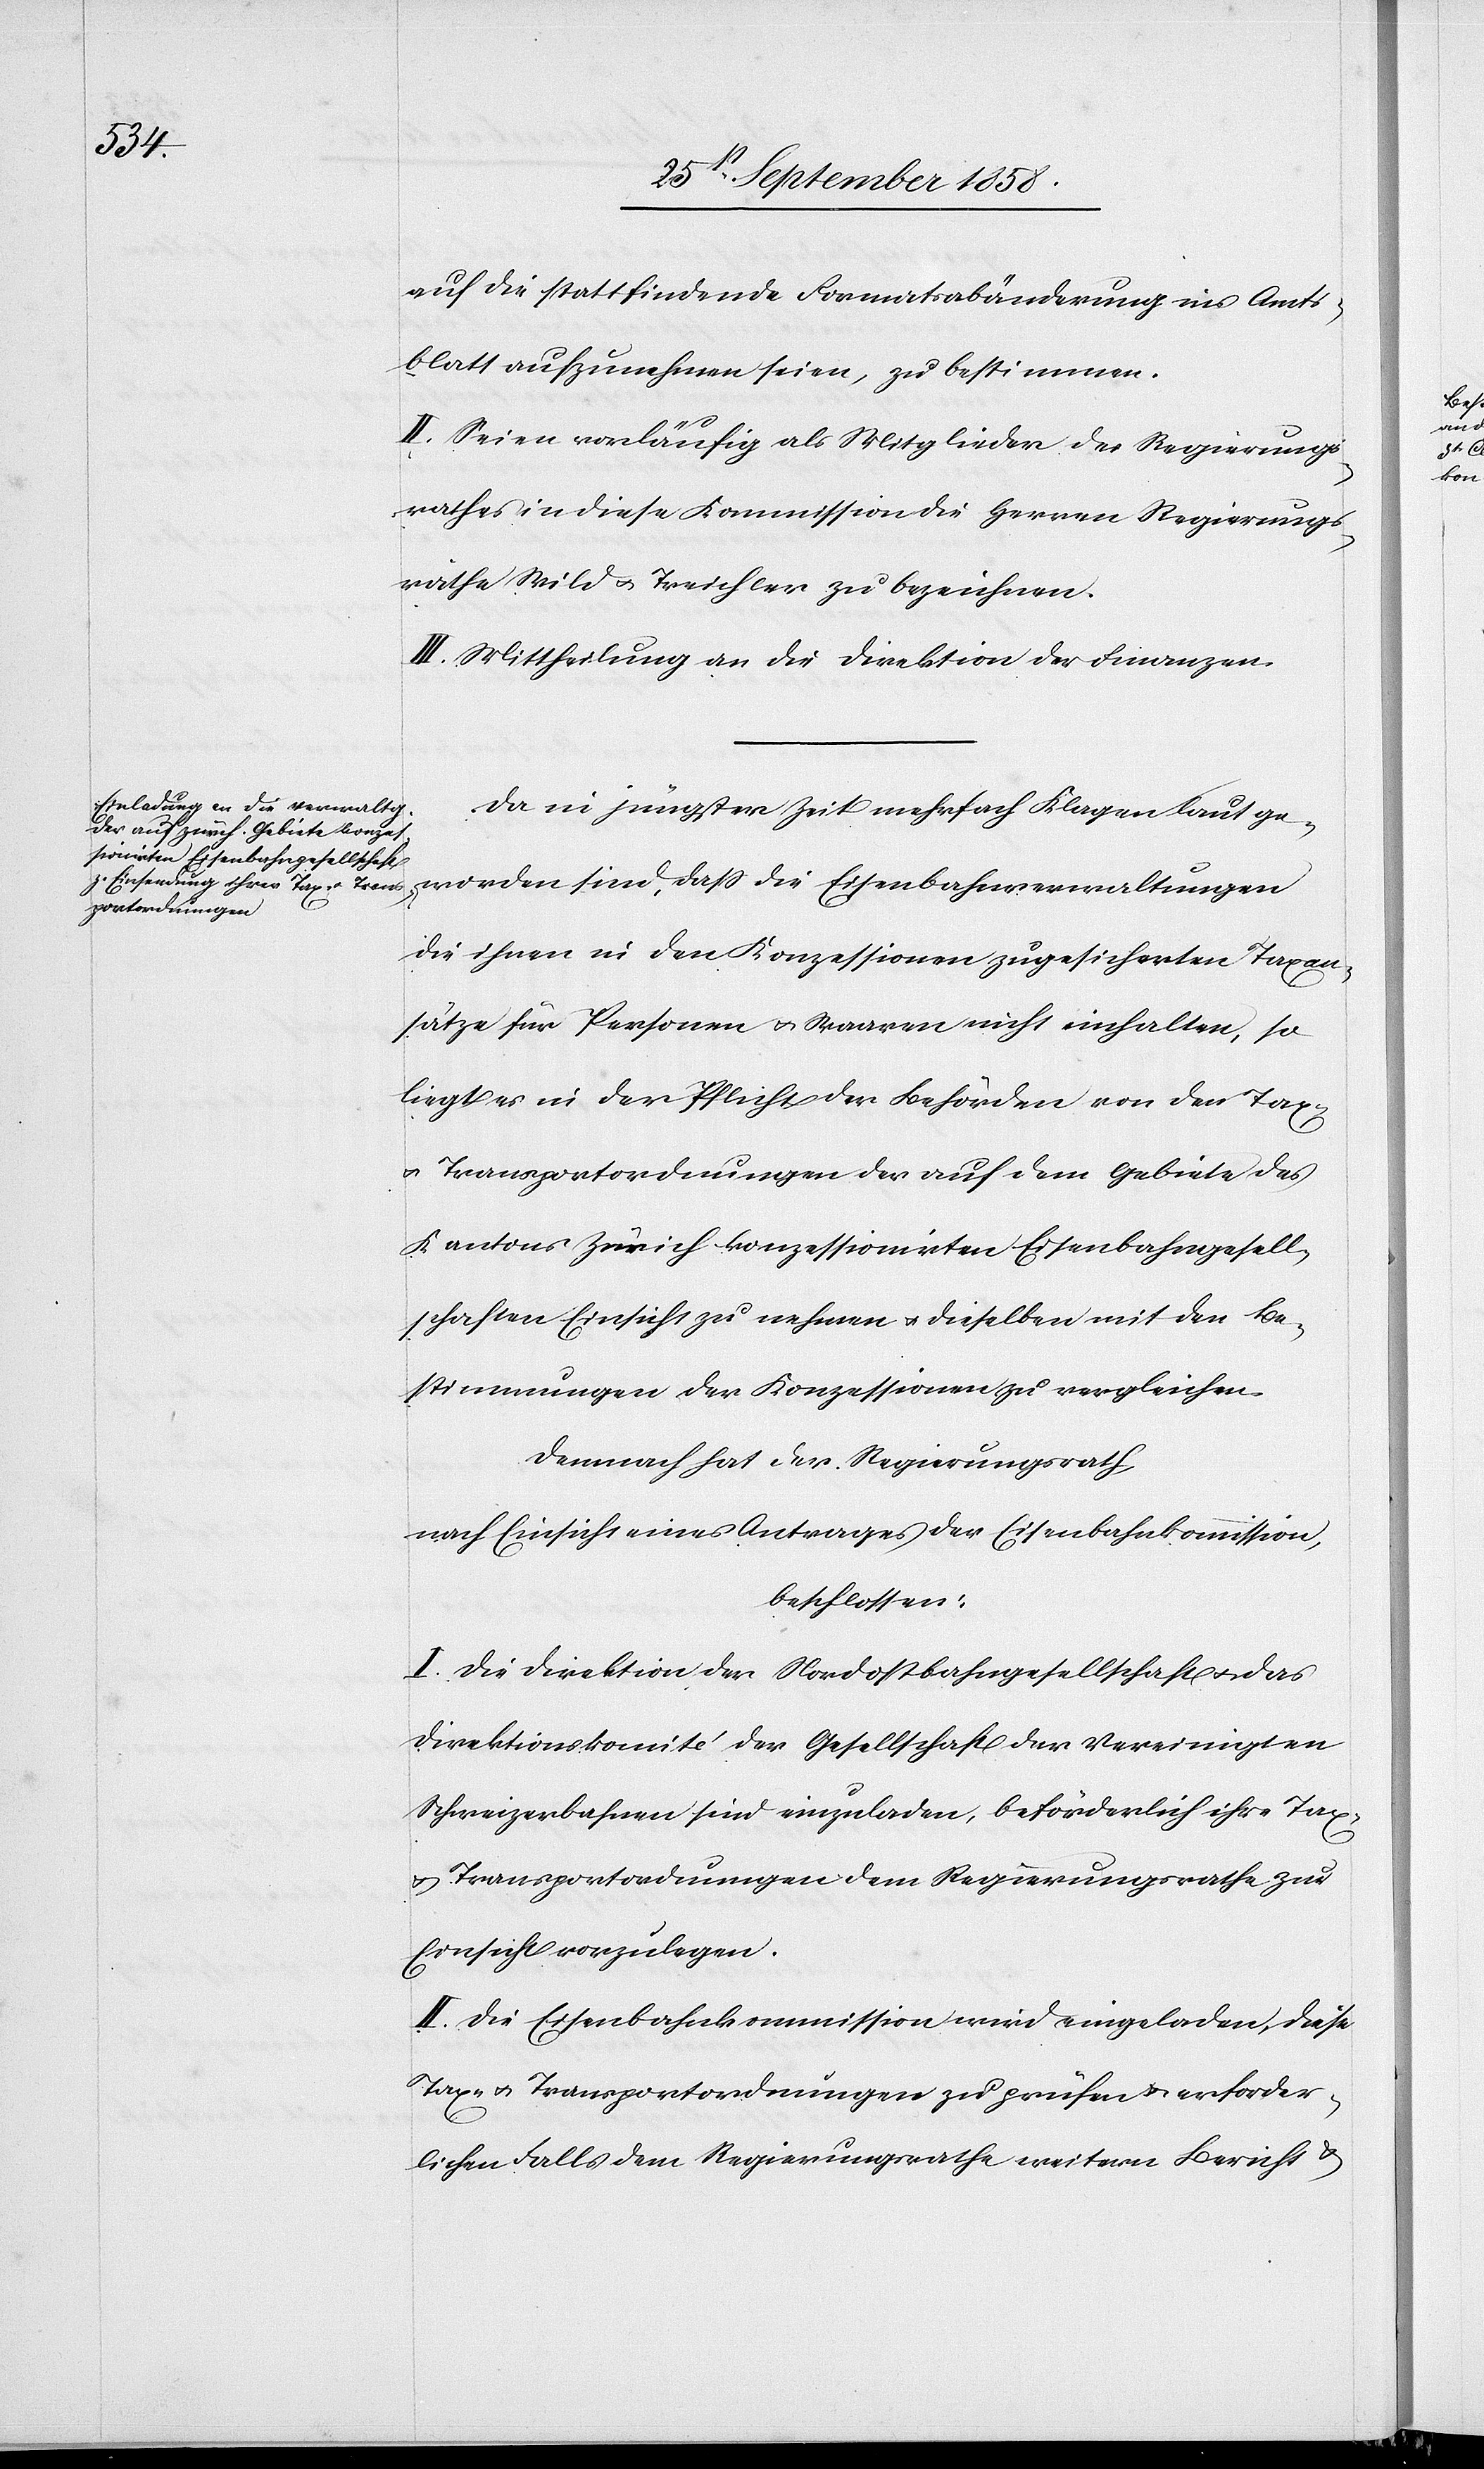
auf die stattfindende Formatsabänderung ins Amts¬
blatt aufzunehmen seien, zu bestimmen.
II. Seien vorläufig als Mitglieder des Regierungs¬
rathes in diese Kommission die Herren Regierungs¬
räthe Wild & Treichler zu bezeichnen.
III. Mittheilung an die Direktion der Finanzen.
Da in jüngster Zeit mehrfach Klagen laut ge¬
worden sind, dass die Eisenbahnverwaltungen
die ihnen in den Konzessionen zugesicherten Taxan¬
sätze für Personen & Waaren nicht einhalten, so
liegt es in der Pflicht der Behörden von den Tax-
& Transportordnungen der auf dem Gebiete des
Kantons Zürich konzessionirten Eisenbahngesell¬
schaften Einsicht zu nehmen & dieselben mit den Be¬
stimmungen der Konzessionen zu vergleichen.
Demnach hat der Regierungsrath,
nach Einsicht eines Antrages der Eisenbahnkommission,
beschlossen:
I. Die Direktion der Nordostbahngesellschaft & das
Direktionskomité der Gesellschaft der Vereinigten
Schweizerbahnen sind einzuladen, beförderlich ihre Tax-
& Transportordnungen dem Regierungsrathe zur
Einsicht vorzulegen.
II. Die Eisenbahnkommission wird eingeladen, diese
Tax- & Transportordnungen zu prüfen & erforder¬
lichen Falls dem Regierungsrathe weitern Bericht &